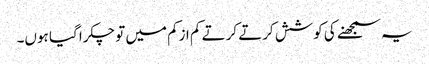
یہ سمجھنے کی کوشش کرتے کرتے کم ازکم میں تو چکرا گیا ہوں۔